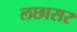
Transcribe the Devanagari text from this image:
लछासर